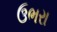
ઉભરા